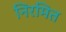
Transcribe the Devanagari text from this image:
निरमित